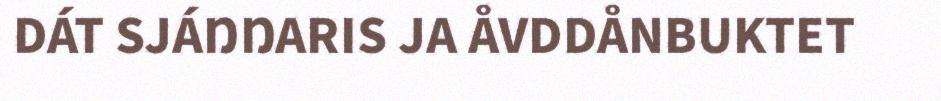
DÁT SJÁŊŊARIS JA ÅVDDÅNBUKTET